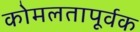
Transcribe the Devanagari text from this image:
कोमलतापूर्वक